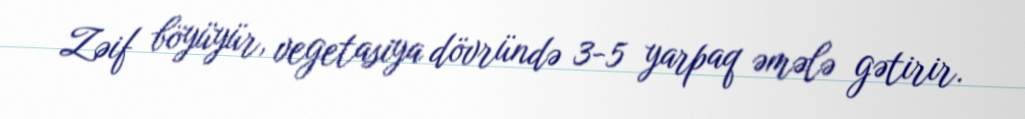
Zəif böyüyür, vegetasiya dövründə 3-5 yarpaq əmələ gətirir.